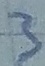
Text: 3